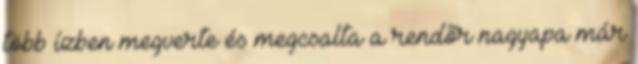
több ízben megverte és megcsalta a rendõr nagyapa már